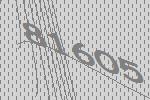
81605